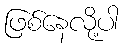
ဖြစ်နေလို့ပါ